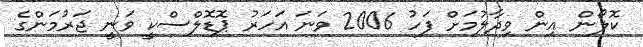
ކޮލޯން އިން ވިދާލުމަށް ފަހު 2006 ވަނަ އަހަރު ޕޮޑޮލްސްކީ ވަނީ ޖަރުމަންގެ